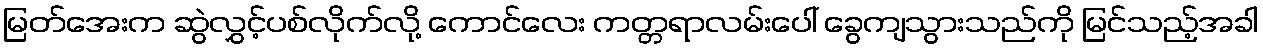
မြတ်အေးက ဆွဲလွှင့်ပစ်လိုက်လို့ ကောင်လေး ကတ္တရာလမ်းပေါ် ခွေကျသွားသည်ကို မြင်သည့်အခါ